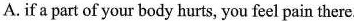
A. if a part of your body hurts, you feel pain there.